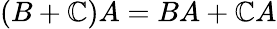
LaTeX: (B+\mathbb{C})A=BA+\mathbb{C}A